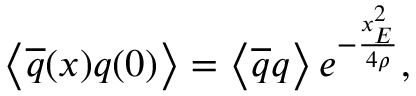
\left\langle \overline { { { q } } } ( x ) q ( 0 ) \right\rangle = \left\langle \overline { { { q } } } q \right\rangle e ^ { - \frac { x _ { E } ^ { 2 } } { 4 \rho } } ,